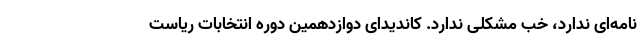
نامه‌ای ندارد، خب مشکلی ندارد. کاندیدای دوازدهمین دوره انتخابات ریاست